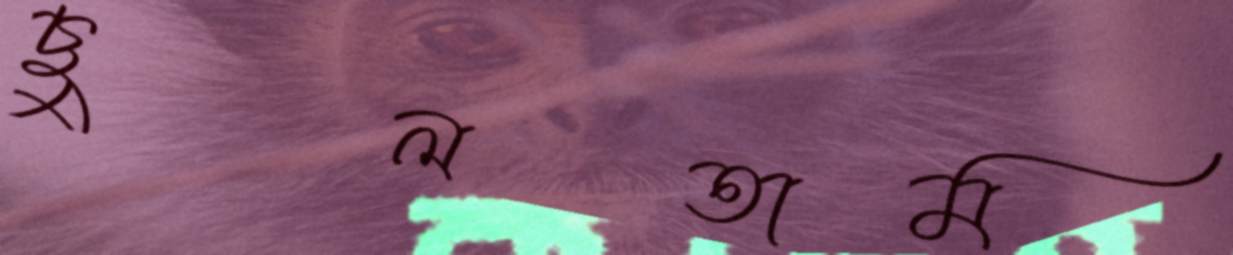
ছুলতাম